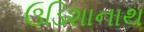
ઉડિશાનાથ